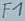
Text: F1